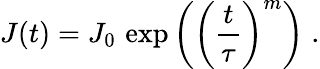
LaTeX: J(t)=J_{0}\, \exp\left(\left(\frac{t}{\tau}\right)^{m}\right)\; .